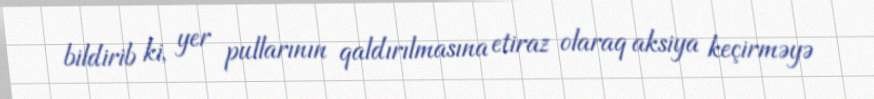
bildirib ki, yer pullarının qaldırılmasına etiraz olaraq aksiya keçirməyə